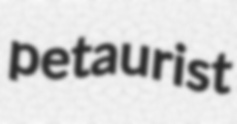
petaurist